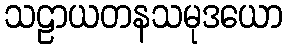
သဠာယတနသမုဒယော